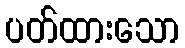
ပတ်ထားသော